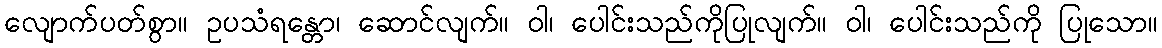
လျောက်ပတ်စွာ။ ဥပသံရန္တော၊ ဆောင်လျက်။ ဝါ၊ ပေါင်းသည်ကိုပြုလျက်။ ဝါ၊ ပေါင်းသည်ကို ပြုသော။